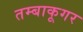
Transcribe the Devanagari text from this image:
तम्बाकूगर